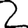
Digit: 2